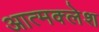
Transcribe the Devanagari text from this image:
आत्मक्लेश